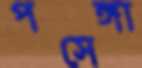
পসেঙ্গা